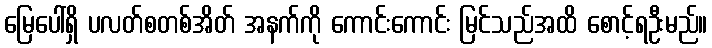
မြေပေါ်ရှိ ပလတ်စတစ်အိတ် အနက်ကို ကောင်းကောင်း မြင်သည်အထိ စောင့်ရဦးမည်။